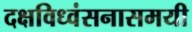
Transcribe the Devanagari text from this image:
दक्षविध्वंसनासमयी